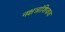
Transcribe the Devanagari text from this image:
नक्षत्रांशिवाय